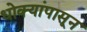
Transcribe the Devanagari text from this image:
धोक्यांपासून